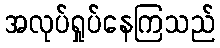
အလုပ်ရှုပ်နေကြသည်